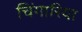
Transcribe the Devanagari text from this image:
चिंगारिया